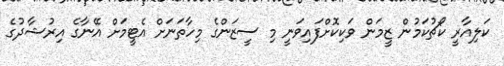
ކަލިއާރީ ކޯޗުކަމުން ޒީމަން ވަކިކޮށްފައިވަނީ މި ސީޒަންގެ މިހާތަނަށް އެޓީމަށް އޭނާގެ އިރުޝާދުގެ